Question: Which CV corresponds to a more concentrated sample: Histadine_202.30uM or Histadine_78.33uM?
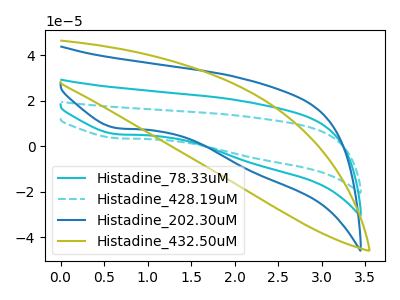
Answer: <think>The cyan curve "Histadine_78.33uM" has a cathodic peak at: (0.65V, 5.35uA). The cyan dashed curve "Histadine_428.19uM" has a cathodic peak at: (0.65V, 10.70uA). The blue curve "Histadine_202.30uM" has a cathodic peak at: (0.65V, 8.05uA). The olive curve "Histadine_432.50uM" has no peaks.
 All the peaks in "Histadine_202.30uM" have a peak in "Histadine_78.33uM" at the same potential. Every peak in "Histadine_202.30uM" is lower than every peak in "Histadine_78.33uM".</think>
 <answer>"Histadine_202.30uM" has less signal than "Histadine_78.33uM" and so likely has a lower concentration.</answer>
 <eval>less_concentration</eval>